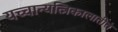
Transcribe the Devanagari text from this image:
यच्चान्यत्त्रिकालातीतं